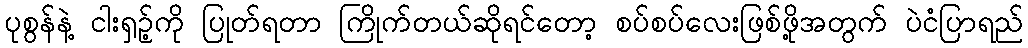
ပုစွန်နဲ့ ငါးရှဉ့်ကို ပြုတ်ရတာ ကြိုက်တယ်ဆိုရင်တော့ စပ်စပ်လေးဖြစ်ဖို့အတွက် ပဲငံပြာရည်